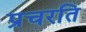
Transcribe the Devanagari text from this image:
प्रचरति